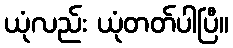
ယုံလည်း ယုံတတ်ပါပြီ။